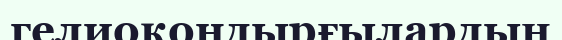
гелиоқондырғылардың